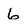
Character: 6